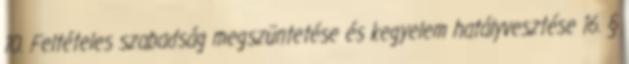
10. Feltételes szabadság megszüntetése és kegyelem hatályvesztése 16. §